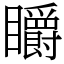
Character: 䂃